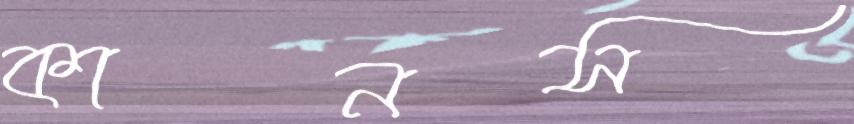
কানস